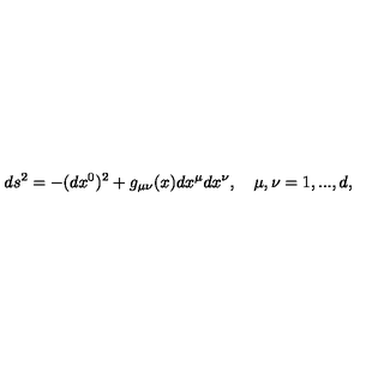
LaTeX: d s ^ { 2 } = - ( d x ^ { 0 } ) ^ { 2 } + g _ { \mu \nu } ( x ) d x ^ { \mu } d x ^ { \nu } , \quad \mu , \nu = 1 , . . . , d ,